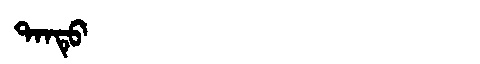
Manchu: ᡨᠠᠨᡨᡠ
Romanization: TANTU